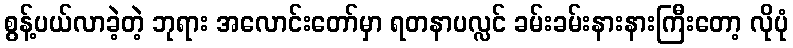
စွန့်ပယ်လာခဲ့တဲ့ ဘုရား အလောင်းတော်မှာ ရတနာပလ္လင် ခမ်းခမ်းနားနားကြီးတော့ လိုပုံ